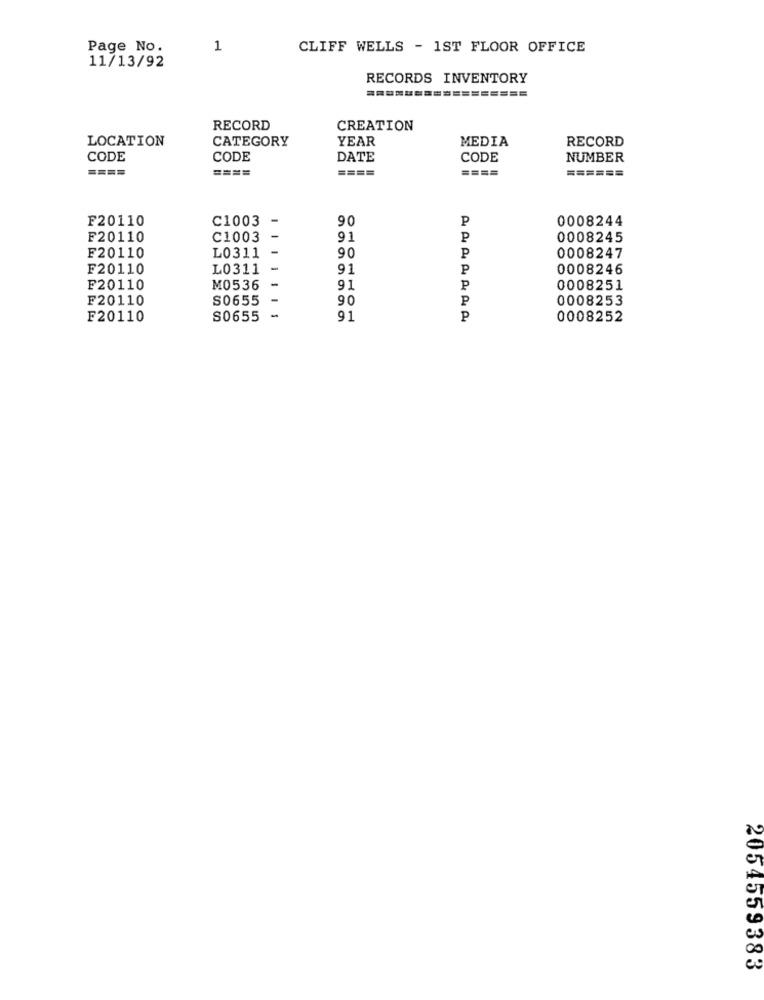
Page No.
1
CLIFF WELLS - 1ST FLOOR OFFICE
11/13/92
RECORDS INVENTORY
RECORD
CREATION
LOCATION
CATEGORY
YEAR
MEDIA
RECORD
CODE
CODE
DATE
CODE
NUMBER
====
====
====
====
======
F20110
C1003
90
P
0008244
F20110
C1003
91
P
0008245
-
P
F20110
L0311
90
0008247
F20110
L0311
-
91
P
0008246
-
F20110
M0536
91
P
0008251
F20110
S0655
90
P
0008253
F20110
S0655
91
P
0008252
2054559383